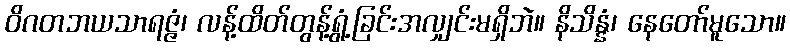
ဝိဂတဘယသာရဇ္ဇံ၊ လန့်ထိတ်တွန့်ရွံ့ခြင်းအလျှင်းမရှိဘဲ။ နိသိန္နံ၊ နေတော်မူသော။